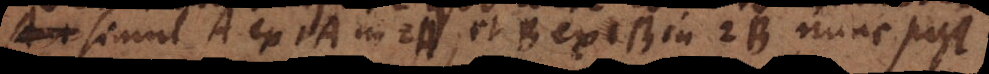
simul A ex A in A, et B ex B in B, nunc post